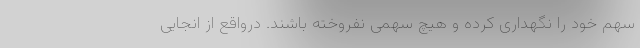
سهم خود را نگهداری کرده و هیچ سهمی نفروخته باشند. درواقع از انجایی